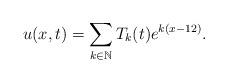
LaTeX: \begin{align*} u(x,t)=\sum\limits_{k\in \mathbb{N}}T_{k}(t)e^{k(x-12)}.\end{align*}